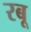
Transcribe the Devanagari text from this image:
रबू